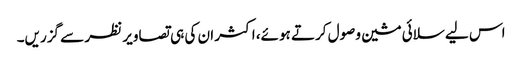
اس لیے سلائی مشین وصول کرتے ہوئے، اکثر ان کی ہی تصاویر نظر سے گزریں۔